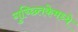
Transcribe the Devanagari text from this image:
गुच्छ्तिकेमध्ये